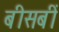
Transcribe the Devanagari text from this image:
बीसबीं